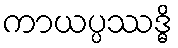
ကာယပ္ပဿဒ္ဓိ